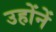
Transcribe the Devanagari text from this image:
उहोंनें